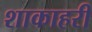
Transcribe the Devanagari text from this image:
शाकाहरी